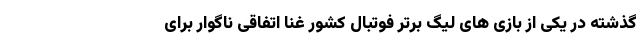
گذشته در یکی از بازی های لیگ برتر فوتبال کشور غنا اتفاقی ناگوار برای